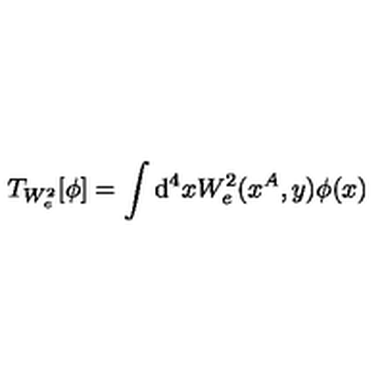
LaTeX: T _ { W _ { e } ^ { 2 } } [ \phi ] = \int \mathrm { d } ^ { 4 } x W _ { e } ^ { 2 } ( x ^ { A } , y ) \phi ( x )